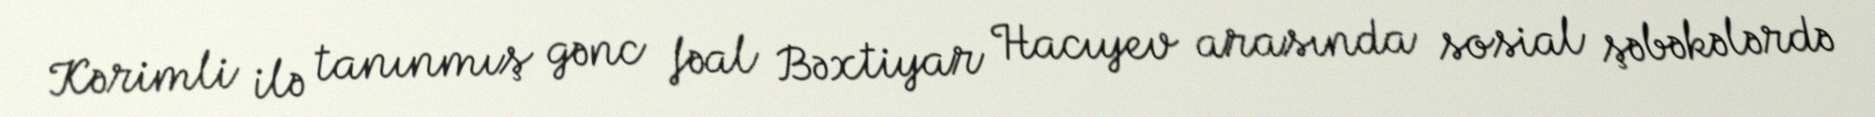
Kərimli ilə tanınmış gənc fəal Bəxtiyar Hacıyev arasında sosial şəbəkələrdə